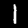
Label: 1